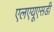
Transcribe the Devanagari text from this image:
एलएयूएसडी